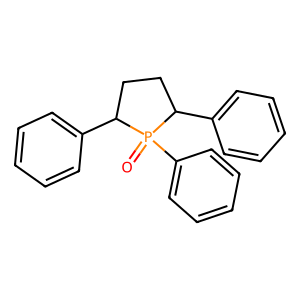
SMILES: O=P1(c2ccccc2)C(c2ccccc2)CCC1c1ccccc1
Inhibits HIV replication: No